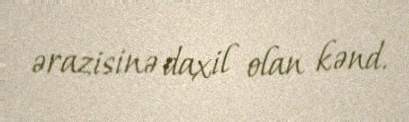
ərazisinə daxil olan kənd.